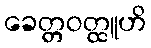
ခေတ္တဝတ္ထူဟိ